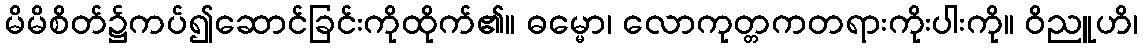
မိမိစိတ်၌ကပ်၍ဆောင်ခြင်းကိုထိုက်၏။ ဓမ္မော၊ လောကုတ္တဂာတရားကိုးပါးကို။ ဝိညူဟိ၊